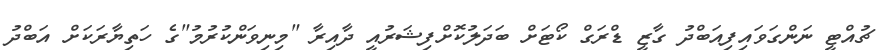
ޗުއްޓީ ނަންގަވައިފިއަބްދު ގާޒީ ޑްރަގް ކޯޓަށް ބަދަލުކޮށްފިޝަރުއީ ދާއިރާ "މިނިވަންކުރުމު"ގެ ހަތިޔާރަކަށް އަބްދު